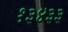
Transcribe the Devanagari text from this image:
१३४३३